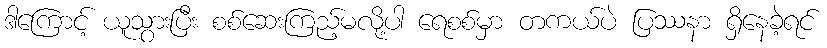
ဒါကြောင့် ယူသွားပြီး စစ်ဆေးကြည့်မလို့ပါ ရေစစ်မှာ တကယ်ပဲ ပြဿနာ ရှိနေခဲ့ရင်